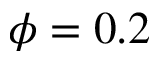
\phi = 0 . 2